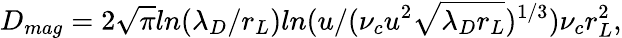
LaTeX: D_{mag}=2\sqrt{\pi}ln(\lambda_{D}/r_{L})ln(u/(\nu_{c}u^{2}\sqrt{\lambda_{D}r_{L}})^{1/3})\nu_{c}r_{L}^{2},